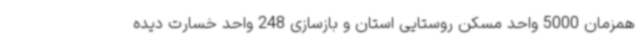
همزمان 5000 واحد مسکن روستایی استان و بازسازی 248 واحد خسارت دیده